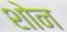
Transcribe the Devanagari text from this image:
शोन